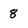
Character: 8